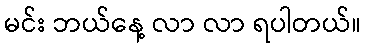
မင်း ဘယ်နေ့ လာ လာ ရပါတယ်။